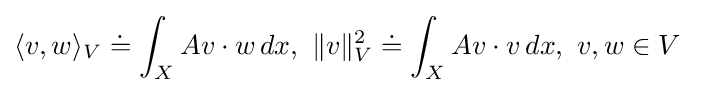
\langle v,w\rangle _{V}\doteq \int _{X}Av\cdot w\,dx,\ \|v\|_{V}^{2}\doteq \int _{X}Av\cdot v\,dx,\ v,w\in V\